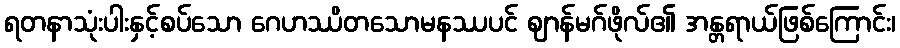
ရတနာသုံးပါးနှင့်စပ်သော ဂေဟဿိတသောမနဿပင် ဈာန်မဂ်ဖိုလ်၏ အန္တရာယ်ဖြစ်ကြောင်း၊